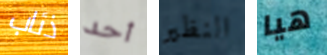
ذئاب أحد النظير هيا